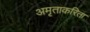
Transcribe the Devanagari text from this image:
अमृताकरिता